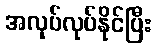
အလုပ်လုပ်နိုင်ပြီး